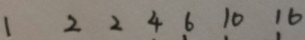
1 2 2 4 6 1 0 1 6